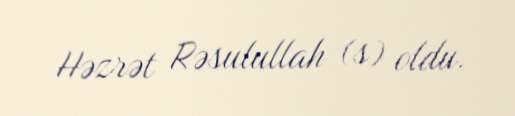
Həzrət Rəsulullah (s) oldu.